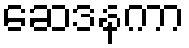
ဆေဒနကာ